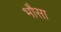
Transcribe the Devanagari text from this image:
भौसा